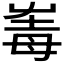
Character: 𡴛